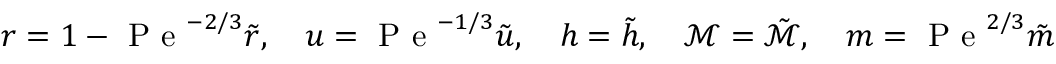
r = 1 - \mathrm { ~ P ~ e ~ } ^ { - 2 / 3 } \tilde { r } , \quad u = \mathrm { ~ P ~ e ~ } ^ { - 1 / 3 } \tilde { u } , \quad h = \tilde { h } , \quad \mathcal { M } = \tilde { \mathcal { M } } , \quad m = \mathrm { ~ P ~ e ~ } ^ { 2 / 3 } \tilde { m }